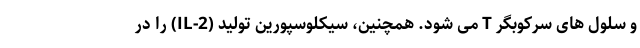
و سلول های سرکوبگر T می شود. همچنین، سیکلوسپورین تولید (IL-2) را در